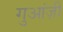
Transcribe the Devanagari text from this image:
गुआंज़ी